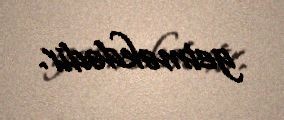
getməkdədir.